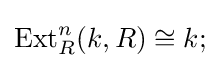
\operatorname {Ext} _{R}^{n}(k,R)\cong k;